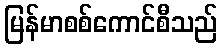
မြန်မာစစ်ကောင်စီသည်